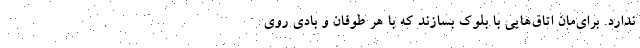
ندارد. برای‌مان اتاق‌هایی با بلوک بسازند که با هر طوفان و بادی روی